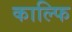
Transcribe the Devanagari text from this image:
काल्फि